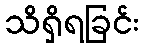
သိရှိရခြင်း